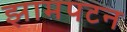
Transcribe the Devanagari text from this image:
झामपटन